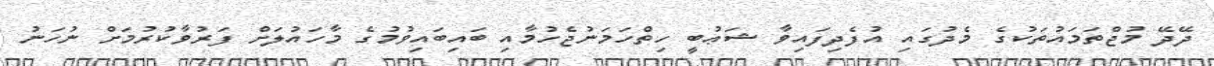
ދޭދޭ މުޖްތަމައުތަކުގެ މެދުގައި އުފެދިފައިވާ ޝަޢުބީ ހިތްހަމަނުޖެހުމާއި ބައިބައިވުމުގެ މާހައުލަށް ފަރުވާކުރުމަށް ނުހަނު